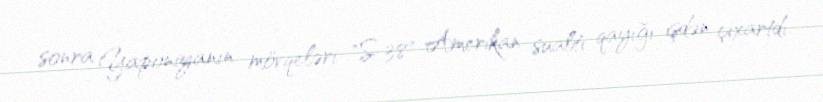
sonra Yaponiyanın mövqeləri "S-38" Amerikan sualtı qayığı işdən çıxartdı.